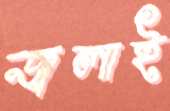
জ্বলাই